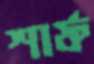
শার্ফ